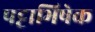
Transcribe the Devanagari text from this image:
पट्टाभिषेक